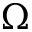
\Omega